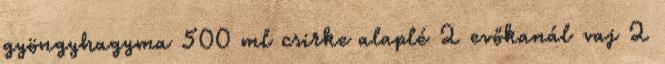
gyöngyhagyma 500 ml csirke alaplé 2 evőkanál vaj 2